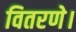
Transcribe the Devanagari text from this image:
वितरणे।